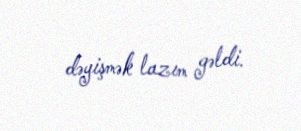
dəyişmək lazım gəldi.